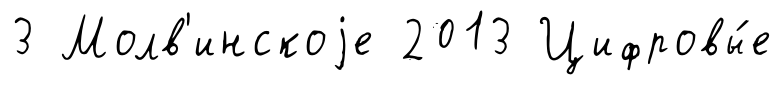
3 Молв'инскоjе 2013 Цифровы́е